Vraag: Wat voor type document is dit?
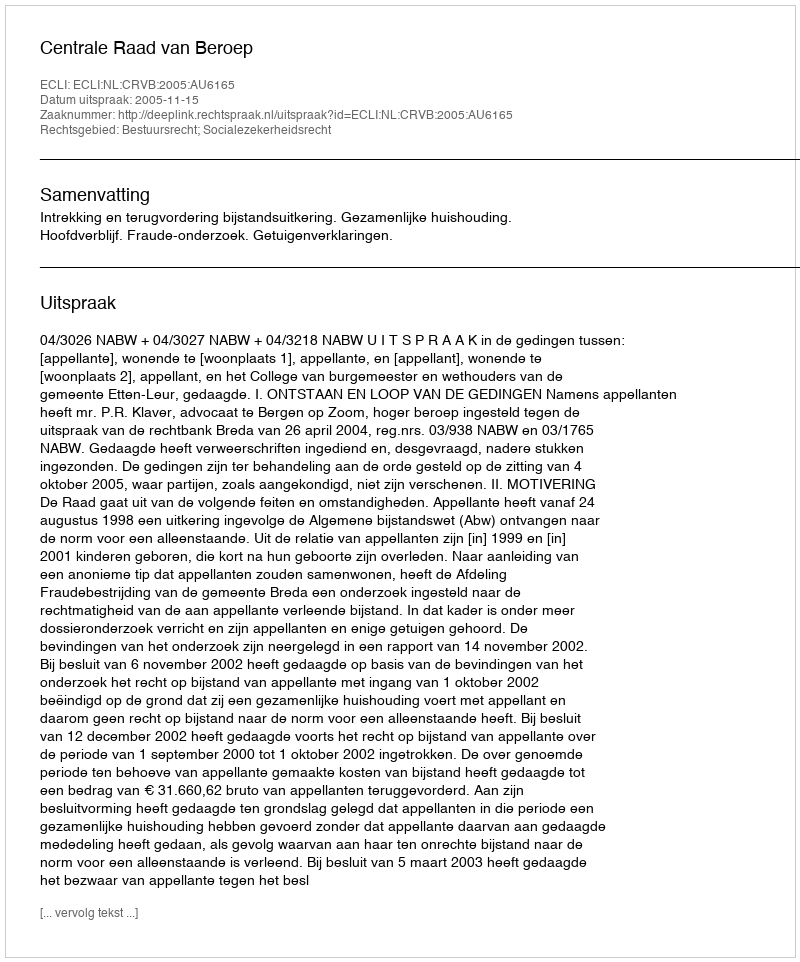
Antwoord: Uitspraak